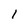
Character: 1